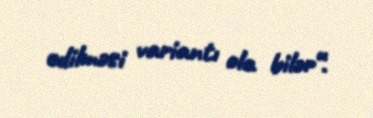
edilməsi variantı ola bilər“.